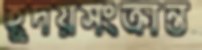
হূদয়সংক্রান্ত